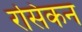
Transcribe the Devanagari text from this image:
रसिकन